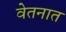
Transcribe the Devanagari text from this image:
वेतनात